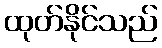
ထုတ်နိုင်သည်